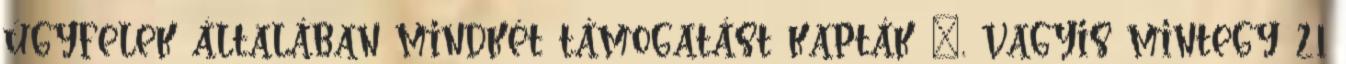
ügyfelek általában mindkét támogatást kapták –, vagyis mintegy 21